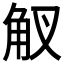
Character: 𧢷